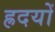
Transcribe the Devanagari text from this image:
ह्रदयों